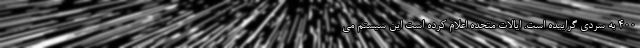
۴۰۰ به سردی گراییده است. ایالات متحده اعلام کرده است این سیستم می